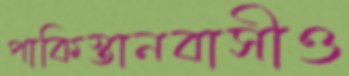
পাকিস্তানবাসীও